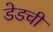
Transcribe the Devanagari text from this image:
डेडची